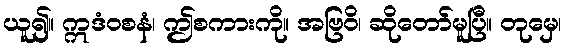
ယူ၍။ ဣဒံဝစနံ၊ ဤစကားကို။ အဗြဝိ၊ ဆိုတော်မူပြီ။ တုမှေ၊